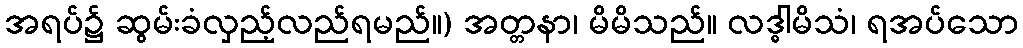
အရပ်၌ ဆွမ်းခံလှည့်လည်ရမည်။) အတ္တနာ၊ မိမိသည်။ လဒ္ဓါမိသံ၊ ရအပ်သော